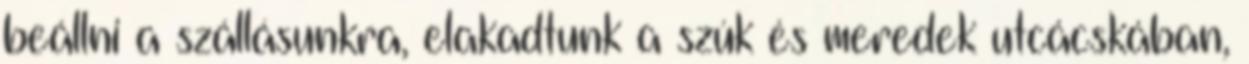
beállni a szállásunkra, elakadtunk a szúk és meredek utcácskában,